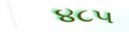
૪૮૫